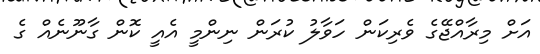
އަށް މިރާއްޖޭގެ ވެރިކަން ހަވާލު ކުރަން ނިންމީ އެއީ ކޮން ގާނޫނެއް ގެ